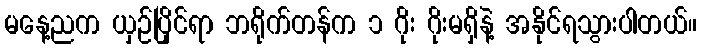
မနေ့ညက ယှဉ်ပြိုင်ရာ ဘရိုက်တန်က ၁ ဂိုး ဂိုးမရှိနဲ့ အနိုင်ရသွားပါတယ်။